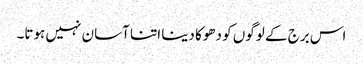
اس برج کے لوگوں کو دھوکا دینا اتنا آسان نہیں ہوتا۔